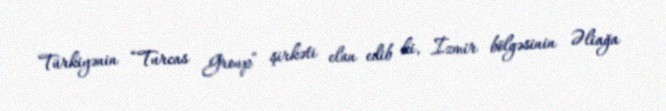
Türkiyənin “Turcas Group” şirkəti elan edib ki, İzmir bölgəsinin Əliağa